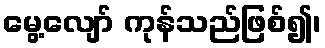
မွေ့လျော် ကုန်သည်ဖြစ်၍၊